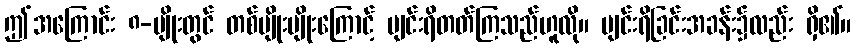
ဤအကြောင်း ၈-မျိုးတွင် တစ်မျိုးမျိုးကြောင့် ပျင်းရိတတ်ကြသည်ဟူလို။ ပျင်းရိခြင်းအခန်း၌လည်း ရှိ၏။